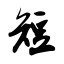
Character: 短